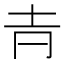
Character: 𡉉